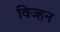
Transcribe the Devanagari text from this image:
विज्हन